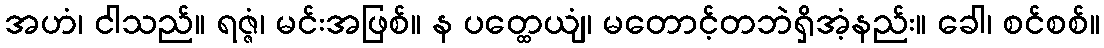
အဟံ၊ ငါသည်။ ရဇ္ဇံ၊ မင်းအဖြစ်။ န ပတ္ထေယျံ၊ မတောင့်တဘဲရှိအံ့နည်း။ ခေါ၊ စင်စစ်။